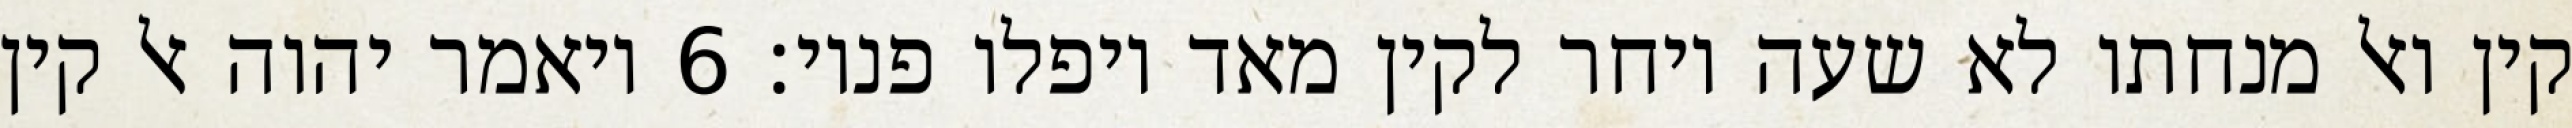
קין ואל מנחתו לא שעה ויחר לקין מאד ויפלו פניו׃ ‎6‏ ויאמר יהוה אל קין